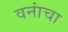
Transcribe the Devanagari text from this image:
वनांचा